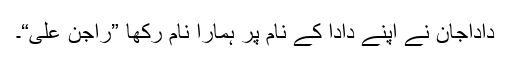
داداجان نے اپنے دادا کے نام پر ہمارا نام رکھا ”راجن علی“۔